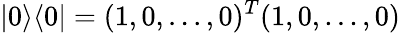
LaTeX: |0\rangle\langle 0|=(1,0,...,0)^{T}(1,0,...,0)